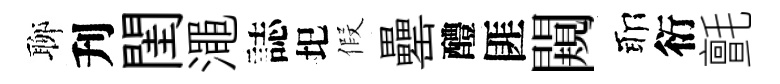
聊刋閨澠誌圯假罍醴匪闚耶衍氈